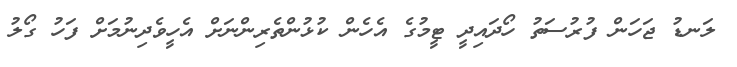
ލަނޑު ޖަހަން ފުރުސަތު ހޯދައިދީ ޓީމުގެ އެހެން ކުޅުންތެރިންނަށް އެހީވެދިނުމަށް ފަހު ގޯލު